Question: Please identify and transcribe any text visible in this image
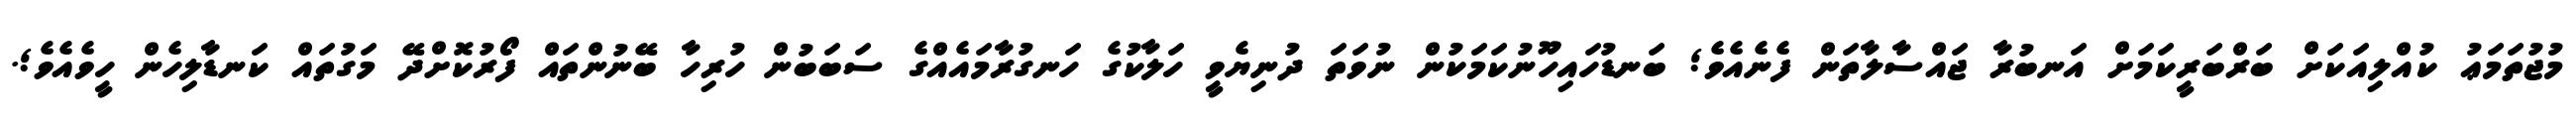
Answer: މުޖުތަމަޢު ކުއްލިއަކަށް ބަރްބަރީކަމަށް އަނބުރާ ޖައްސާލާތަން ފެނެއެވެ; ބަނޑުހައިހޫނުކަމަކުން ނުވަތަ ދުނިޔެވީ ހަލާކުގެ ހަނގުރާމައެއްގެ ސަބަބުން ހުރިހާ ބޭނުންތައް ފޯރުކޮށްދޭ މަގުތައް ކަނޑާލިހެން ހީވެއެވެ;.